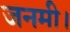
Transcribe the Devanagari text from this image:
जनमी।